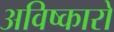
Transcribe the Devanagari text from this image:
अविष्कारो